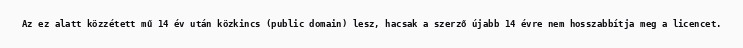
Az ez alatt közzétett mű 14 év után közkincs (public domain) lesz, hacsak a szerző újabb 14 évre nem hosszabbítja meg a licencet.